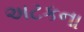
અટકના